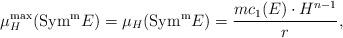
LaTeX: \begin{align*}\mu_H^{{\rm max}} ({\rm Sym^m}E) = \mu_H ({\rm Sym^m} E) = \frac{m c_1(E)\cdot H^{n-1}}{r},\end{align*}